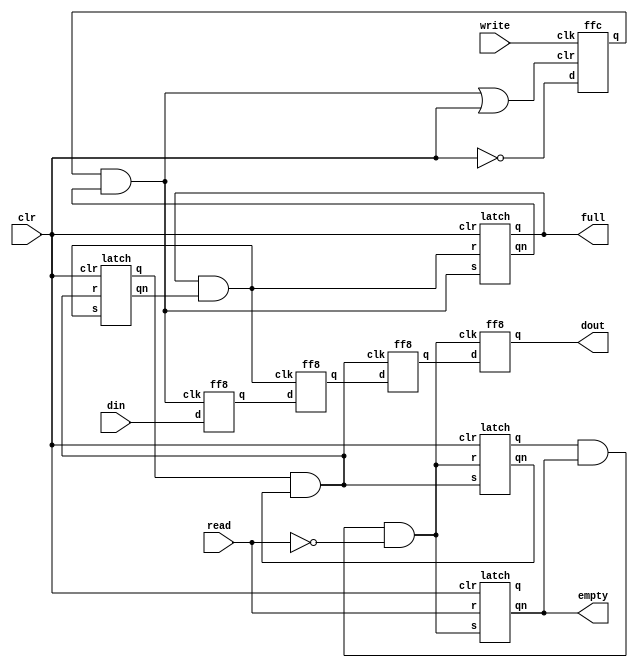
/************************************************
  The Verilog HDL code example is from the book
  Computer Principles and Design in Verilog HDL
  by Yamin Li, published by A JOHN WILEY & SONS
************************************************/
module fifo4 (clr, write, din, read, dout, full, empty);
    input        clr;
    input        write;
    input  [7:0] din;
    input        read;
    output [7:0] dout;
    output       full;
    output       empty;
    wire         clk1, clk2, clk3, clk4;
    wire   [7:0] d12,  d23,  d34;
    wire         q1,   q2,   q3;
    wire         qn1,  qn2,  qn3,  qn4;
    wire         write_n;
    wire         pulse;
    ff8    r1 (clk1, din, d12);
    ff8    r2 (clk2, d12, d23);
    ff8    r3 (clk3, d23, d34);
    ff8    r4 (clk4, d34, dout);
    latch  f1 (clr, clk1, clk2, q1, qn1);
    latch  f2 (clr, clk2, clk3, q2, qn2);
    latch  f3 (clr, clk3, clk4, q3, qn3);
    latch  f4 (clr, clk4, read, q4, qn4);
    ffc    fc (write, clk1 | clr, ~clr, pulse);
    and #1 a1 (clk1, pulse, qn1);
    and #1 a2 (clk2, q1,    qn2);
    and #1 a3 (clk3, q2,    qn3);
    and #1 a4 (clk4, q3,    qn4, ~read);
    assign full  =  q1;
    assign empty = qn4;
endmodule

module latch (clr, s, r, q, qn);
    input  clr;
    input  s;
    input  r;
    output q;
    output qn;
    nor nor1 (q,  r, clr, qn);
    nor nor2 (qn, s, q);
endmodule

module ff8 (clk, d, q);
    input        clk;
    input  [7:0] d;
    output [7:0] q;
    reg    [7:0] q;
    always @ (posedge clk)
        q <= d;
endmodule

module ffc (clk, clr, d, q);
    input  clk, clr;
    input  d;
    output q;
    reg    q;
    always @ (posedge clk or posedge clr)
        if (clr) q <= 0;
        else     q <= d;
endmodule